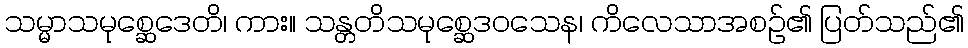
သမ္မာသမုစ္ဆေဒေတိ၊ ကား။ သန္တတိသမုစ္ဆေဒဝသေန၊ ကိလေသာအစဉ်၏ ပြတ်သည်၏